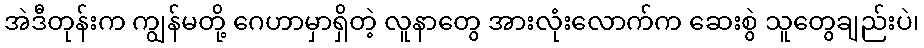
အဲဒီတုန်းက ကျွန်မတို့ ဂေဟာမှာရှိတဲ့ လူနာတွေ အားလုံးလောက်က ဆေးစွဲ သူတွေချည်းပဲ၊